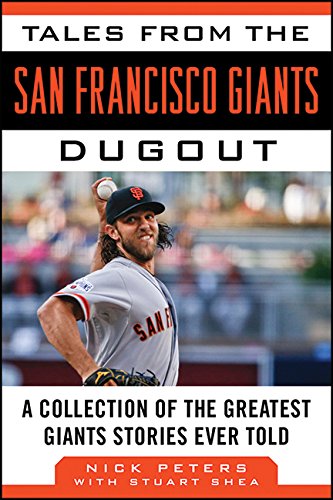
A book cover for Tales from the San Francisco Giants Dugout: A Collection of the Greatest Giants Stories Ever Told (Tales from the Team); Nick Peters; Sports & Outdoors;